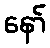
နော်